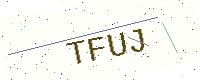
Text: TFUJ